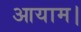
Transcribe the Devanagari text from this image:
आयाम।